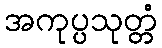
အကုပ္ပသုတ္တံ